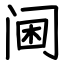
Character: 阃